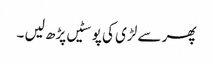
پھر سے لڑی کی پوسٹیں پڑھ لیں ۔